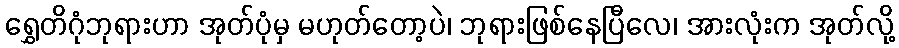
ရွှေတိဂုံဘုရားဟာ အုတ်ပုံမှ မဟုတ်တော့ပဲ၊ ဘုရားဖြစ်နေပြီလေ၊ အားလုံးက အုတ်လို့